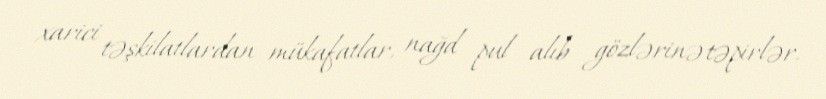
xarici təşkilatlardan mükafatlar, nağd pul alıb gözlərinə təpirlər.